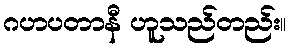
ဂဟပတာနီ ဟူသည်တည်း။